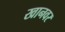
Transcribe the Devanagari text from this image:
खानवर